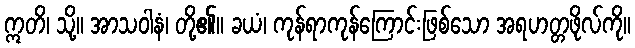
ဣတိ၊ သို့။ အာသဝါနံ၊ တို့၏။ ခယံ၊ ကုန်ရာကုန်ကြောင်းဖြစ်သော အရဟတ္တဖိုလ်ကို။